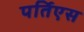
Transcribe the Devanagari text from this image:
पर्तिएस